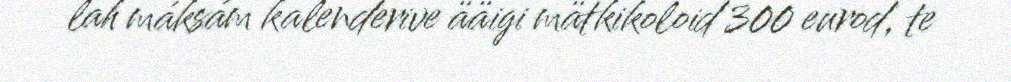
lah máksám kalenderive ääigi mätkikoloid 300 eurod, te